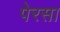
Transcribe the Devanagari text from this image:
पेरसा